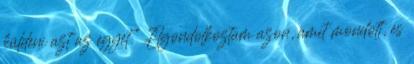
küldeni azt az egyet.” Elgondolkoztam azon, amit mondott, és